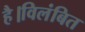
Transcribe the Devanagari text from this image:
है।विलंबित